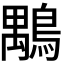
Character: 𪃍